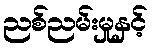
ညစ်ညမ်းမှုနှင့်